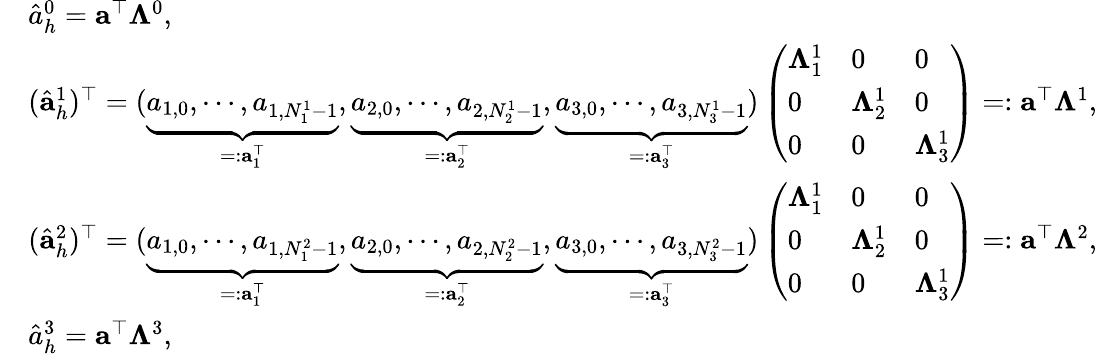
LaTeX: \begin{array}{rl}&{\hat{a}_{h}^{0}={\mathbf a}^{\top}{\mathbf\Lambda}^{0},}\\ &{(\hat{\mathbf a}_{h}^{1})^{\top}=(\underbrace{a_{1,0},\cdots,a_{1,N_{1}^{1}-1}}_{=:{\mathbf a}_{1}^{\top}},\underbrace{a_{2,0},\cdots,a_{2,N_{2}^{1}-1}}_{=:{\mathbf a}_{2}^{\top}},\underbrace{a_{3,0},\cdots,a_{3,N_{3}^{1}-1}}_{=:{\mathbf a}_{3}^{\top}})\left(\begin{array}{lll}{{\mathbf\Lambda}_{1}^{1}}&{0}&{0}\\ {0}&{{\mathbf\Lambda}_{2}^{1}}&{0}\\ {0}&{0}&{{\mathbf\Lambda}_{3}^{1}}\end{array}\right)=:{\mathbf a}^{\top}\mathbb{\Lambda}^{1},}\\ &{(\hat{\mathbf a}_{h}^{2})^{\top}=(\underbrace{a_{1,0},\cdots,a_{1,N_{1}^{2}-1}}_{=:{\mathbf a}_{1}^{\top}},\underbrace{a_{2,0},\cdots,a_{2,N_{2}^{2}-1}}_{=:{\mathbf a}_{2}^{\top}},\underbrace{a_{3,0},\cdots,a_{3,N_{3}^{2}-1}}_{=:{\mathbf a}_{3}^{\top}})\left(\begin{array}{lll}{{\mathbf\Lambda}_{1}^{1}}&{0}&{0}\\ {0}&{{\mathbf\Lambda}_{2}^{1}}&{0}\\ {0}&{0}&{{\mathbf\Lambda}_{3}^{1}}\end{array}\right)=:{\mathbf a}^{\top}\mathbb{\Lambda}^{2},}\\ &{\hat{a}_{h}^{3}={\mathbf a}^{\top}{\mathbf\Lambda}^{3},}\end{array}